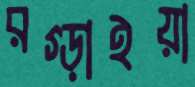
রগ্‌ড়াইয়া